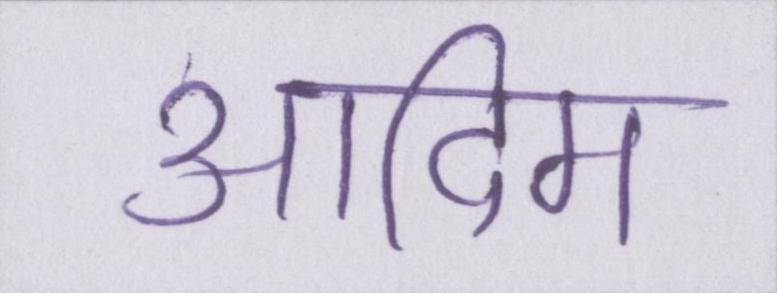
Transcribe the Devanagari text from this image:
आदिम